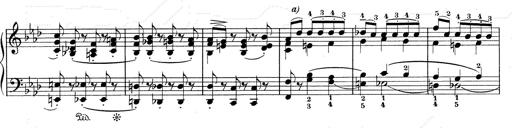
Title: Weinen, Klagen, Sorgen, Zagen
Composer: Franz Liszt